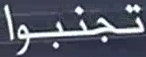
تجنبوا